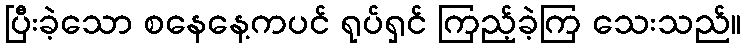
ပြီးခဲ့သော စနေနေ့ကပင် ရုပ်ရှင် ကြည့်ခဲ့ကြ သေးသည်။